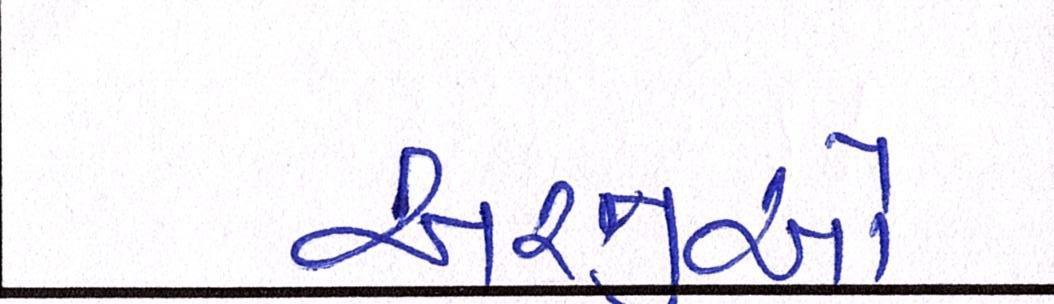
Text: અરજીઓ